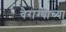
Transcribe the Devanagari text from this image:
वैराग्याच्या